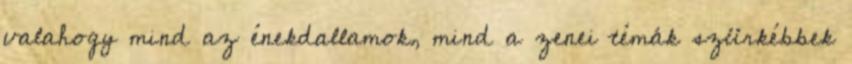
valahogy mind az énekdallamok, mind a zenei témák szürkébbek